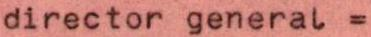
director general =